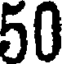
50